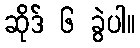
ဆိုဒ် ၆ ခွဲပါ။